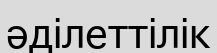
әділеттілік